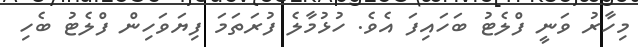
މިހާރު ވަނީ ފްލެޓު ބަހައިފަ އެވެ. ހުޅުމާލެ ފުރަތަމަ ފިޔަވަހިން ފްލެޓު ބެހި